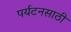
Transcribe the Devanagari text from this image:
पर्यटनसाठी